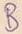
Text: B